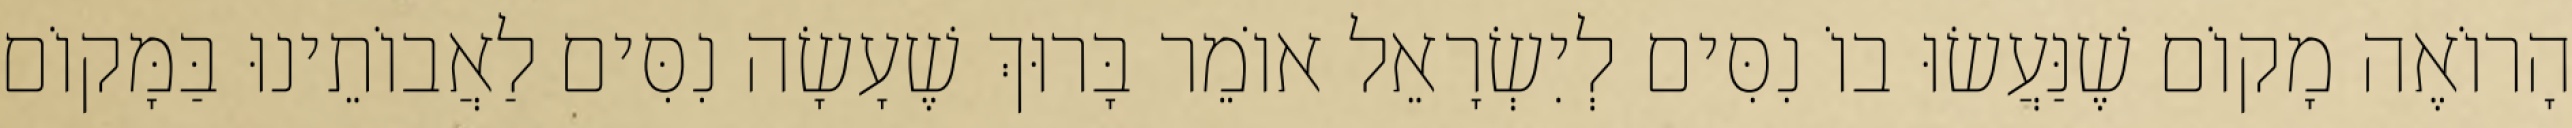
הָרוֹאֶה מָקוֹם שֶׁנַּעֲשׂוּ בוֹ נִסִּים לְיִשְׂרָאֵל אוֹמֵר בָּרוּךְ שֶׁעָשָׂה נִסִּים לַאֲבוֹתֵינוּ בַּמָּקוֹם